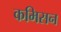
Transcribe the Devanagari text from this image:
कमिसन